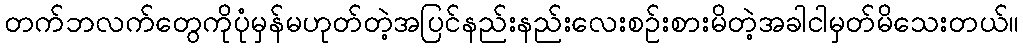
တက်ဘလက်တွေကိုပုံမှန်မဟုတ်တဲ့အပြင်နည်းနည်းလေးစဉ်းစားမိတဲ့အခါငါမှတ်မိသေးတယ်။